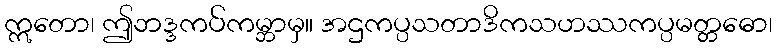
ဣတော၊ ဤဘဒ္ဒကပ်ကမ္ဘာမှ။ အဌကပ္ပသတာဒိကသဟဿကပ္ပမတ္တဓော၊